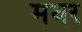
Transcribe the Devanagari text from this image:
मघर